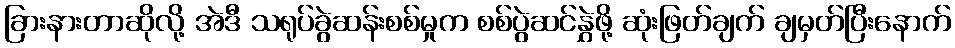
ခြားနားတာဆိုလို့ အဲဒီ သရုပ်ခွဲဆန်းစစ်မှုက စစ်ပွဲဆင်နွှဲဖို့ ဆုံးဖြတ်ချက် ချမှတ်ပြီးနောက်